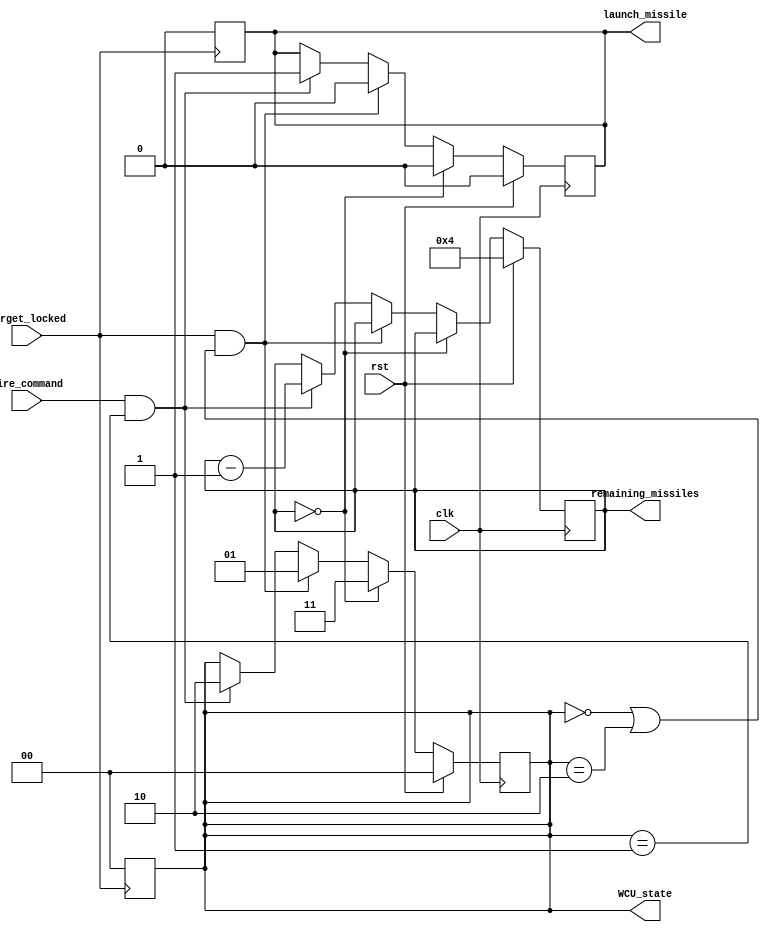
module weapons_control_unit(
    input target_locked,
    input clk,
    input rst,
    input fire_command,
    output reg launch_missile,
    output reg[3:0] remaining_missiles,
    output reg[1:0] WCU_state
);
    //resets the state to IDLE and resets launch_missile
    always @(negedge target_locked)begin
        launch_missile <= 0;
        WCU_state <= 2'b00;
    end


    always @(posedge clk)begin
        //resets everything
        if (rst)begin 
            WCU_state <= 2'b00;
            remaining_missiles <= 4'b0100;
            launch_missile <= 0;
        end
        //changes state to OUT_OF_AMMO and resets launch_missile
        else if(remaining_missiles == 4'b0000)begin
            launch_missile = 0;
            WCU_state<= 2'b11;
        end
        //sets launch_missile 0 and change state to target_locked and resets launch_missile
        else if(target_locked == 1'b1 && (WCU_state == 2'b00 || WCU_state == 2'b10))begin
            launch_missile = 0;
            WCU_state <= 2'b01;
        end
        // change state to fire and launch a missile
        else if(fire_command == 1'b1 && WCU_state == 2'b01)begin
            launch_missile <= 1;
            remaining_missiles--;
            WCU_state <= 2'b10;
        end
    end
endmodule